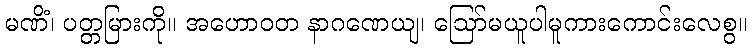
မဏိံ၊ ပတ္တမြားကို။ အဟောဝတ နာဂဏေယျ၊ ဩော်မယူပါမူကားကောင်းလေစွ။